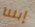
إبننا